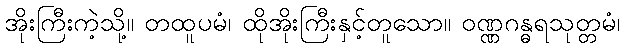
အိုးကြီးကဲ့သို့။ တထူပမံ၊ ထိုအိုးကြီးနှင့်တူသော။ ဝဏ္ဏဂန္ဓရသုတ္တမံ၊